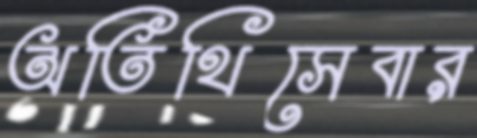
অতিথিসেবার